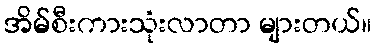
အိမ်စီးကားသုံးလာတာ များတယ်။